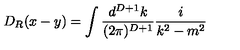
D _ { R } ( x - y ) = \int \frac { d ^ { D + 1 } k } { ( 2 \pi ) ^ { D + 1 } } \frac { i } { k ^ { 2 } - m ^ { 2 } }